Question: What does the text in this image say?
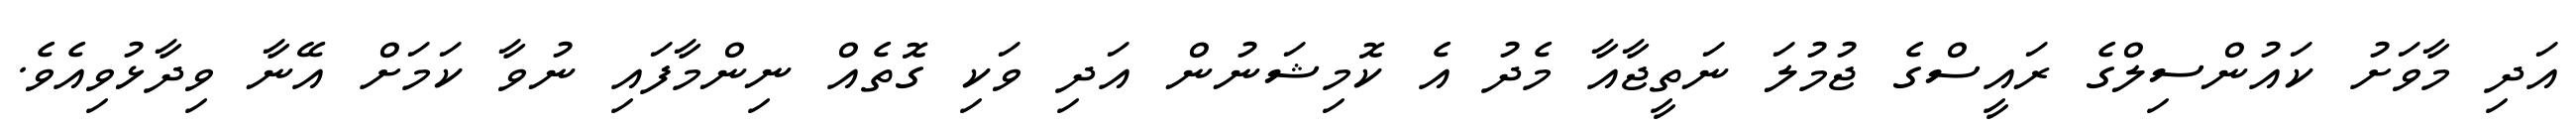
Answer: އަދި މާވަށު ކައުންސިލްގެ ރައީސްގެ ޖުމުލަ ނަތީޖާއާ މެދު އެ ކޮމިޝަނުން އަދި ވަކި ގޮތެއް ނިންމާފައި ނުވާ ކަމަށް އޭނާ ވިދާޅުވިއެވެ.